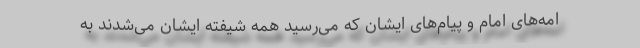
امه‌های امام و پیام‌های ایشان که می‌رسید همه شیفته ایشان می‌شدند به